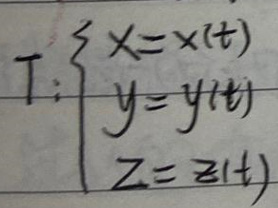
\Gamma: \begin{cases}
x = x(t) \\
y = y(t) \\
z = z(t)
\end{cases}